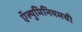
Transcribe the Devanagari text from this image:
ऍल्युमिनियमची